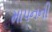
માપનની